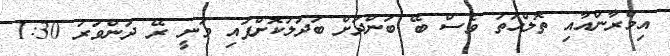
އިމްރާންއާއި ތޮލްހަތު ވެސް ބޭ ބަންދަށް ބަދަލުކޮށްފައި ވަނީ ރޭ ދަންވަރު 1:30